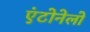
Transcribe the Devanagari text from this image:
एंटोनेलो